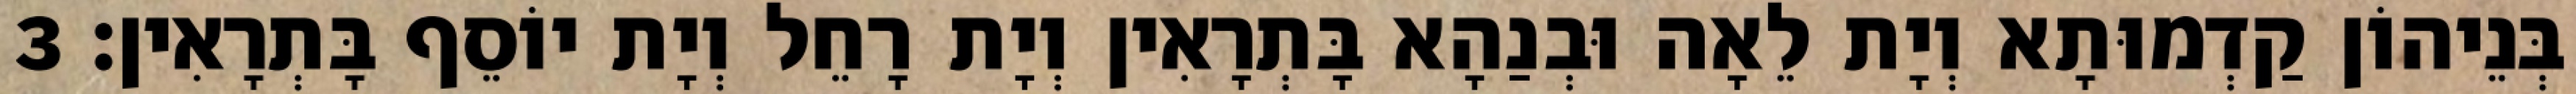
בְּנֵיהוֹן קַדְמוּתָא וְיָת לֵאָה וּבְנַהָא בָּתְרָאִין וְיָת רָחֵל וְיָת יוֹסֵף בָּתְרָאִין׃ 3